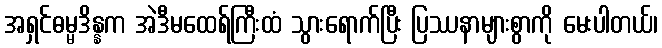
အရှင်ဓမ္မဒိန္နက အဲဒီမထေရ်ကြီးထံ သွားရောက်ပြီး ပြဿနာများစွာကို မေးပါတယ်၊